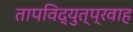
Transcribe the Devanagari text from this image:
तापविद्युत्प्रवाह